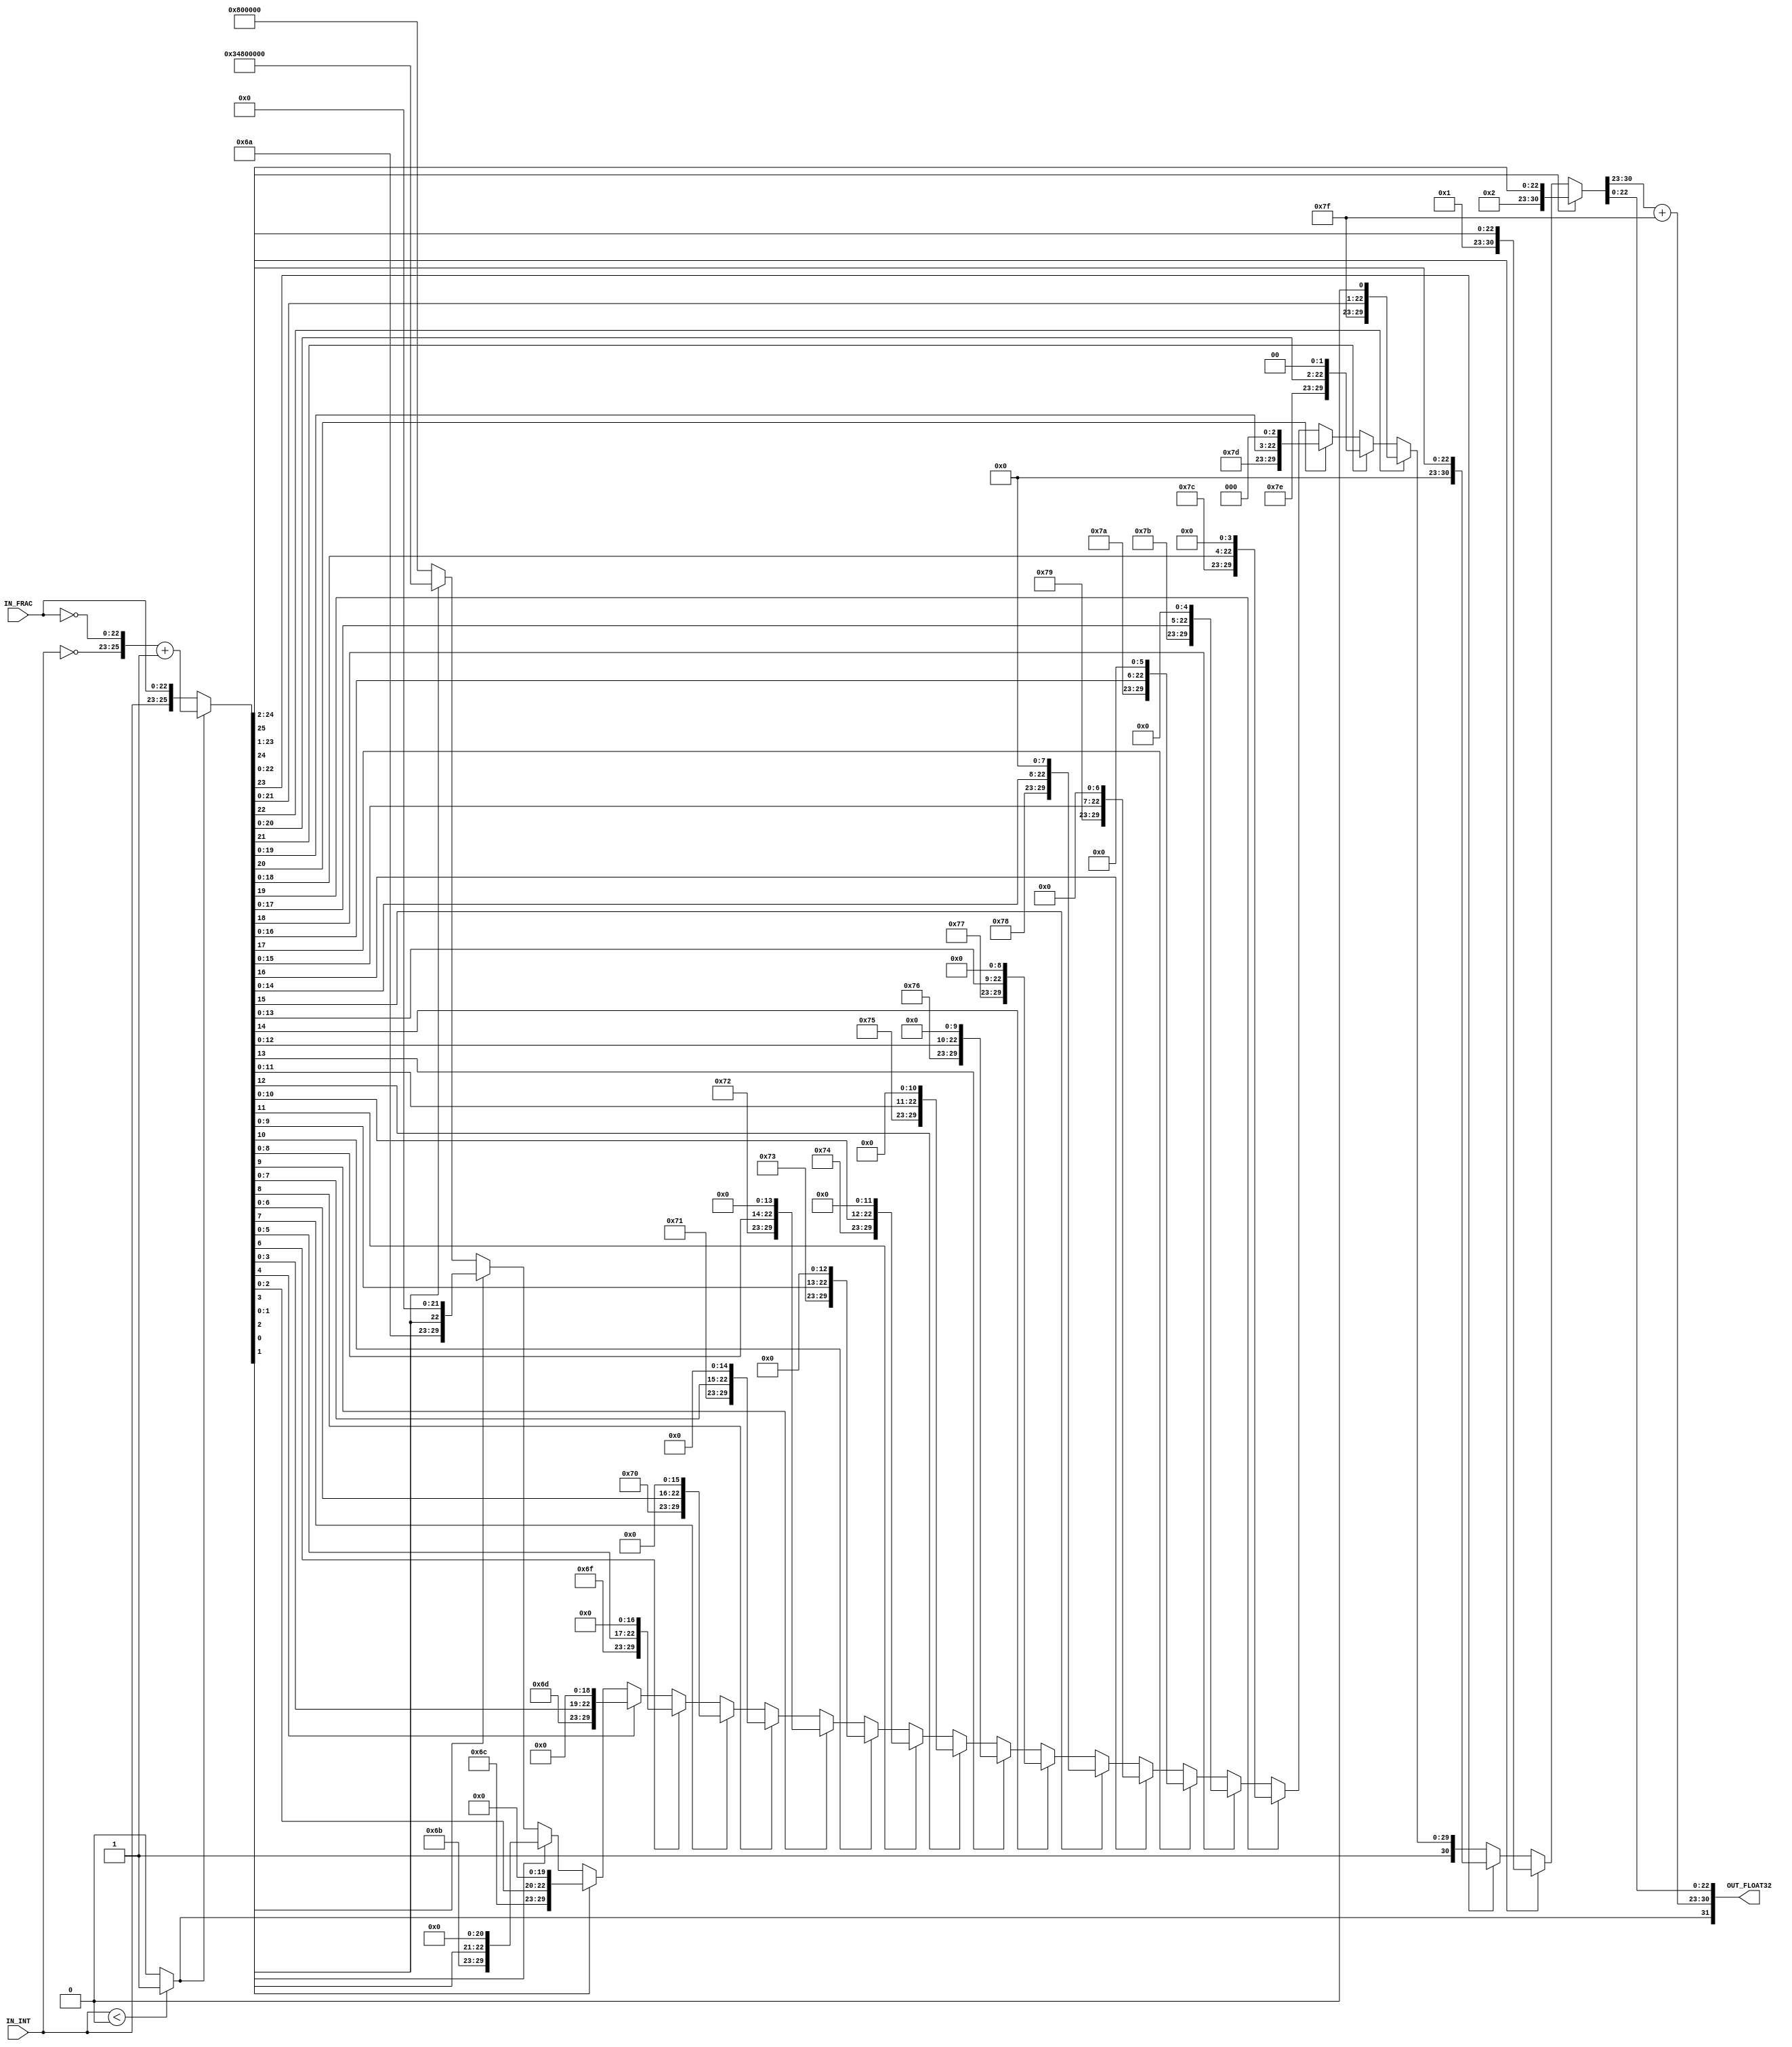
module fixedtofloat32(
	IN_FRAC, /*fraction part input*/
	IN_INT, /*integer part input*/
	OUT_FLOAT32 /*float32 output*/
);
	parameter num_of_int = 3;
	parameter num_of_frac = 23;

	input [num_of_int - 1:0] IN_INT;
	input [num_of_frac - 1:0] IN_FRAC;
	output [31:0] OUT_FLOAT32;
	
	wire [7:0] E;
	wire [(num_of_frac + num_of_int) - 1:0] TMP;
	
	assign TMP = (OUT_FLOAT32[31])?({~IN_INT, ~IN_FRAC} + 26'd1):{IN_INT, IN_FRAC}; /*abs of INPUT*/
	assign OUT_FLOAT32[31] /*sign bit*/ = ($signed(IN_INT) < 3'sd0)?1'b1:1'b0; 
	assign OUT_FLOAT32[30-:8] /*exponent calulate*/ = E + 8'd127; 
	assign {E, OUT_FLOAT32[22:0]} =  (TMP[25])?{8'sd2, TMP[24-:23]}:
												(TMP[24])?{8'sd1, TMP[23-:23]}:
												(TMP[23])?{8'sd0, TMP[22-:23]}:
												(TMP[22])?{-8'sd1, {TMP[21:0], 1'd0}}:
												(TMP[21])?{-8'sd2, {TMP[20:0], 2'd0}}:
												(TMP[20])?{-8'sd3, {TMP[19:0], 3'd0}}:
												(TMP[19])?{-8'sd4, {TMP[18:0], 4'd0}}:
												(TMP[18])?{-8'sd5, {TMP[17:0], 5'd0}}:
												(TMP[17])?{-8'sd6, {TMP[16:0], 6'd0}}:
												(TMP[16])?{-8'sd7, {TMP[15:0], 7'd0}}:
												(TMP[15])?{-8'sd8, {TMP[14:0], 8'd0}}:
												(TMP[14])?{-8'sd9, {TMP[13:0], 9'd0}}:
												(TMP[13])?{-8'sd10, {TMP[12:0], 10'd0}}:
												(TMP[12])?{-8'sd11, {TMP[11:0], 11'd0}}:
												(TMP[11])?{-8'sd12, {TMP[10:0], 12'd0}}:
												(TMP[10])?{-8'sd13, {TMP[9:0], 13'd0}}:
												(TMP[9])?{-8'sd14, {TMP[8:0], 14'd0}}:
												(TMP[8])?{-8'sd15, {TMP[7:0], 15'd0}}:
												(TMP[7])?{-8'sd16, {TMP[6:0], 16'd0}}:
												(TMP[6])?{-8'sd17, {TMP[5:0], 17'd0}}:
												(TMP[6])?{-8'sd18, {TMP[4:0], 18'd0}}:
												(TMP[4])?{-8'sd19, {TMP[3:0], 19'd0}}:
												(TMP[3])?{-8'sd20, {TMP[2:0], 20'd0}}:
												(TMP[2])?{-8'sd21, {TMP[1:0], 21'd0}}:
												(TMP[1])?{-8'sd22, {TMP[0], 22'd0}}:
												(TMP[0])?{-8'sd23, 23'd0}:{-8'sd127, 23'd0};
				  
	
	
endmodule